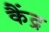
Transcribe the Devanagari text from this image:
कैंद्र